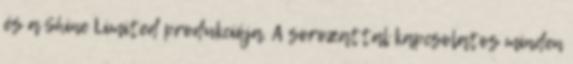
és a Shine Limited produkciója. A sorozattal kapcsolatos minden